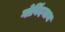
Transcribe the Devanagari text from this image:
गोविंदनाथ